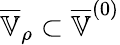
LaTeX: \overline{{\mathbb{V}}}_{\rho}\subset\overline{{\mathbb{V}}}^{(0)}